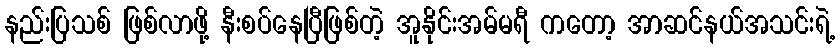
နည်းပြသစ် ဖြစ်လာဖို့ နီးစပ်နေပြီဖြစ်တဲ့ အူနိုင်းအမ်မရီ ကတော့ အာဆင်နယ်အသင်းရဲ့